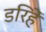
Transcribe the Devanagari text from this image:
डरिहें